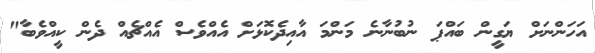
އަހަންނަށް ޔަގީން ބައްޕަ ނުބުނާނެ މަންމަ އާއިދެކޮޅަށް އެއްވެސް އެއްޗެއް ދެން ކީއްވެބާ"